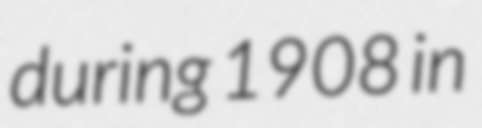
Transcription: during 1908 in